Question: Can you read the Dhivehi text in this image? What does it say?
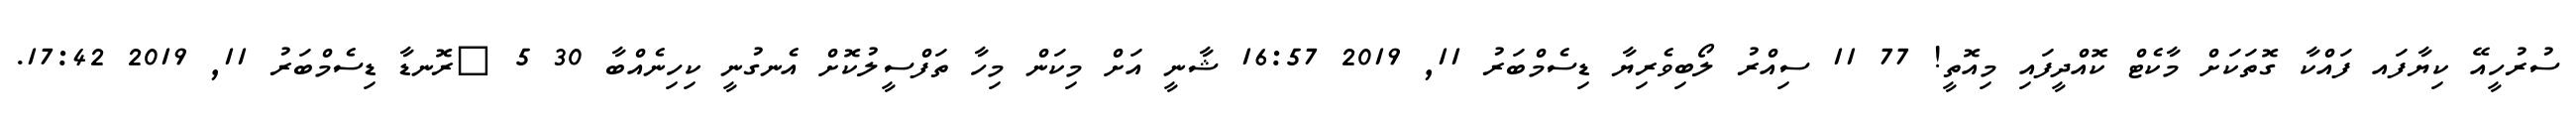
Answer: ސުރުހީއޭ ކިޔާފައ ފައްކާ ގޮތަކަށް މާކެޓް ކޮއްދީފައި މިއޮތީ! 77 11 ސިއްރު ލޯބިވެރިޔާ ޑިސެމްބަރު 11, 2019 16:57 ޝާނީ އަށް މިކަން މިހާ ތަފްސީލުކޮށް އެނގުނީ ކިހިނެއްބާ 30 5 ?ރޮނޑާ ޑިސެމްބަރު 11, 2019 17:42.